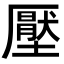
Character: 壓